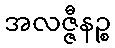
အလဇ္ဇီနဉ္စ